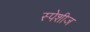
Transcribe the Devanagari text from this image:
स्पेशीज